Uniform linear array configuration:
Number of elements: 24
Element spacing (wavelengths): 0.75
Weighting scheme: blackman
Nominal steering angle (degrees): -45
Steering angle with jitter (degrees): -45.554
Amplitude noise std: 0.05
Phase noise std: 0.05

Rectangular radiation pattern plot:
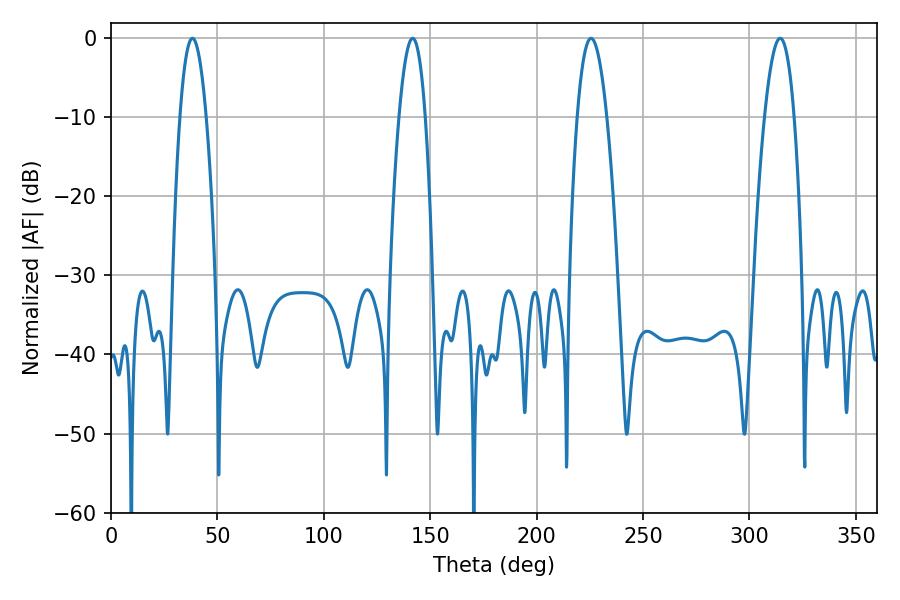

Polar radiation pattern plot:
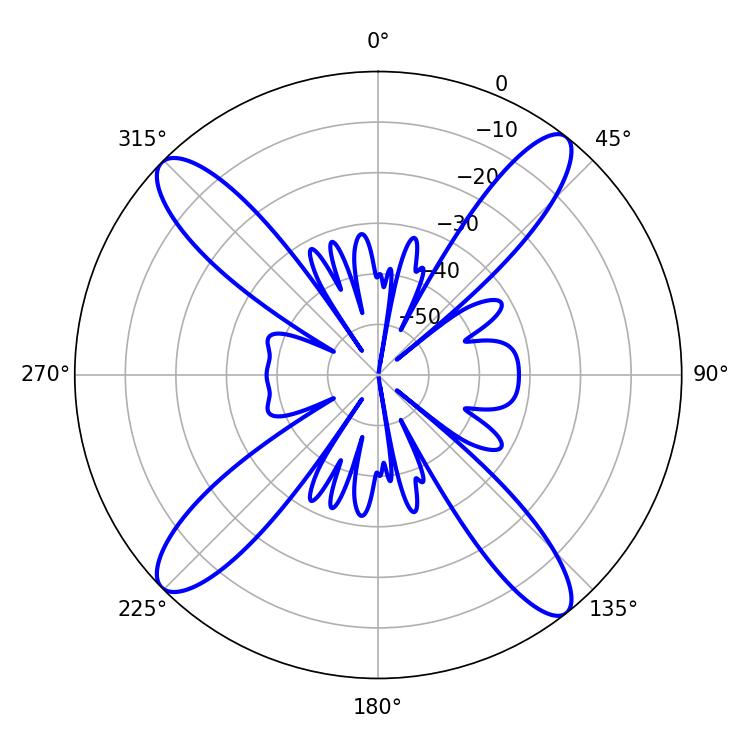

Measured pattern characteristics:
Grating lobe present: TRUE
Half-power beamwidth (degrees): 7.56
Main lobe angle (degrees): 225.54